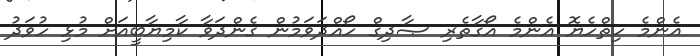
އެންމެ ހިތްހެޔޮ އެންމެ އޯގާތެރި ޞާދިގް ހޯއްދަވަމުން ގެންދަވާ ކާމިޔާބީއަށް މުޅި ހުވަދު